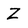
Character: Z